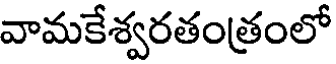
వామకేశ్వరతంత్రంలో